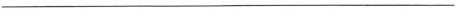
___